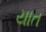
યાત